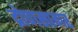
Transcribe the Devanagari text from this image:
द्रोणसागर